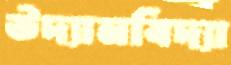
উদ্যানবিদ্যা